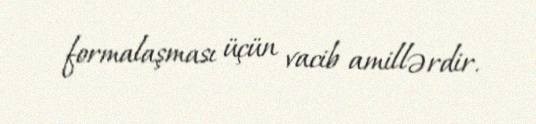
formalaşması üçün vacib amillərdir.